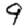
Digit: 9